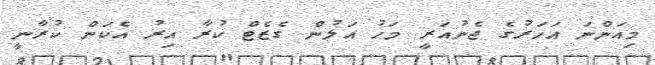
މިއަންނަ އަހަރުގެ ޖެނުއަރީ މަހު އަލުން ގެޒެޓް ކުރާ އިރު އެކަން ކުރާނީ